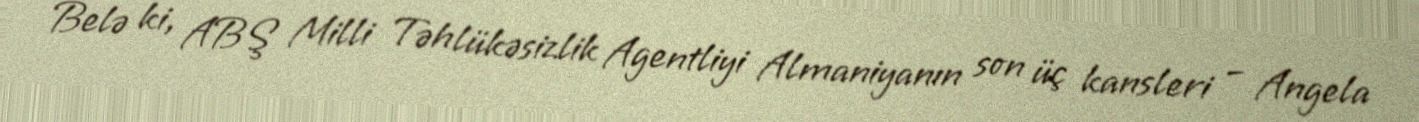
Belə ki, ABŞ Milli Təhlükəsizlik Agentliyi Almaniyanın son üç kansleri – Angela